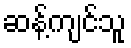
ဆန့်ကျင်သူ